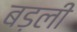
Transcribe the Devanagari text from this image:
बड़ली